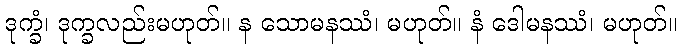
ဒုက္ခံ၊ ဒုက္ခလည်းမဟုတ်။ န သောမနဿံ၊ မဟုတ်။ နံ ဒေါမနဿံ၊ မဟုတ်။